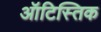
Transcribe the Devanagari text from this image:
ऑटिस्तिक